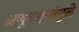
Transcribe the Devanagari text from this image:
अणूबदलांमुळे